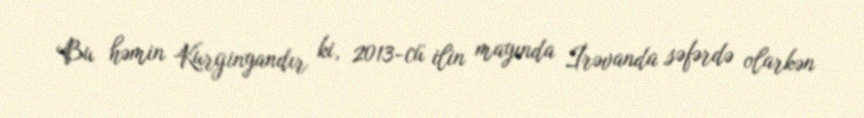
Bu həmin Kurginyandır ki, 2013-cü ilin mayında İrəvanda səfərdə olarkən